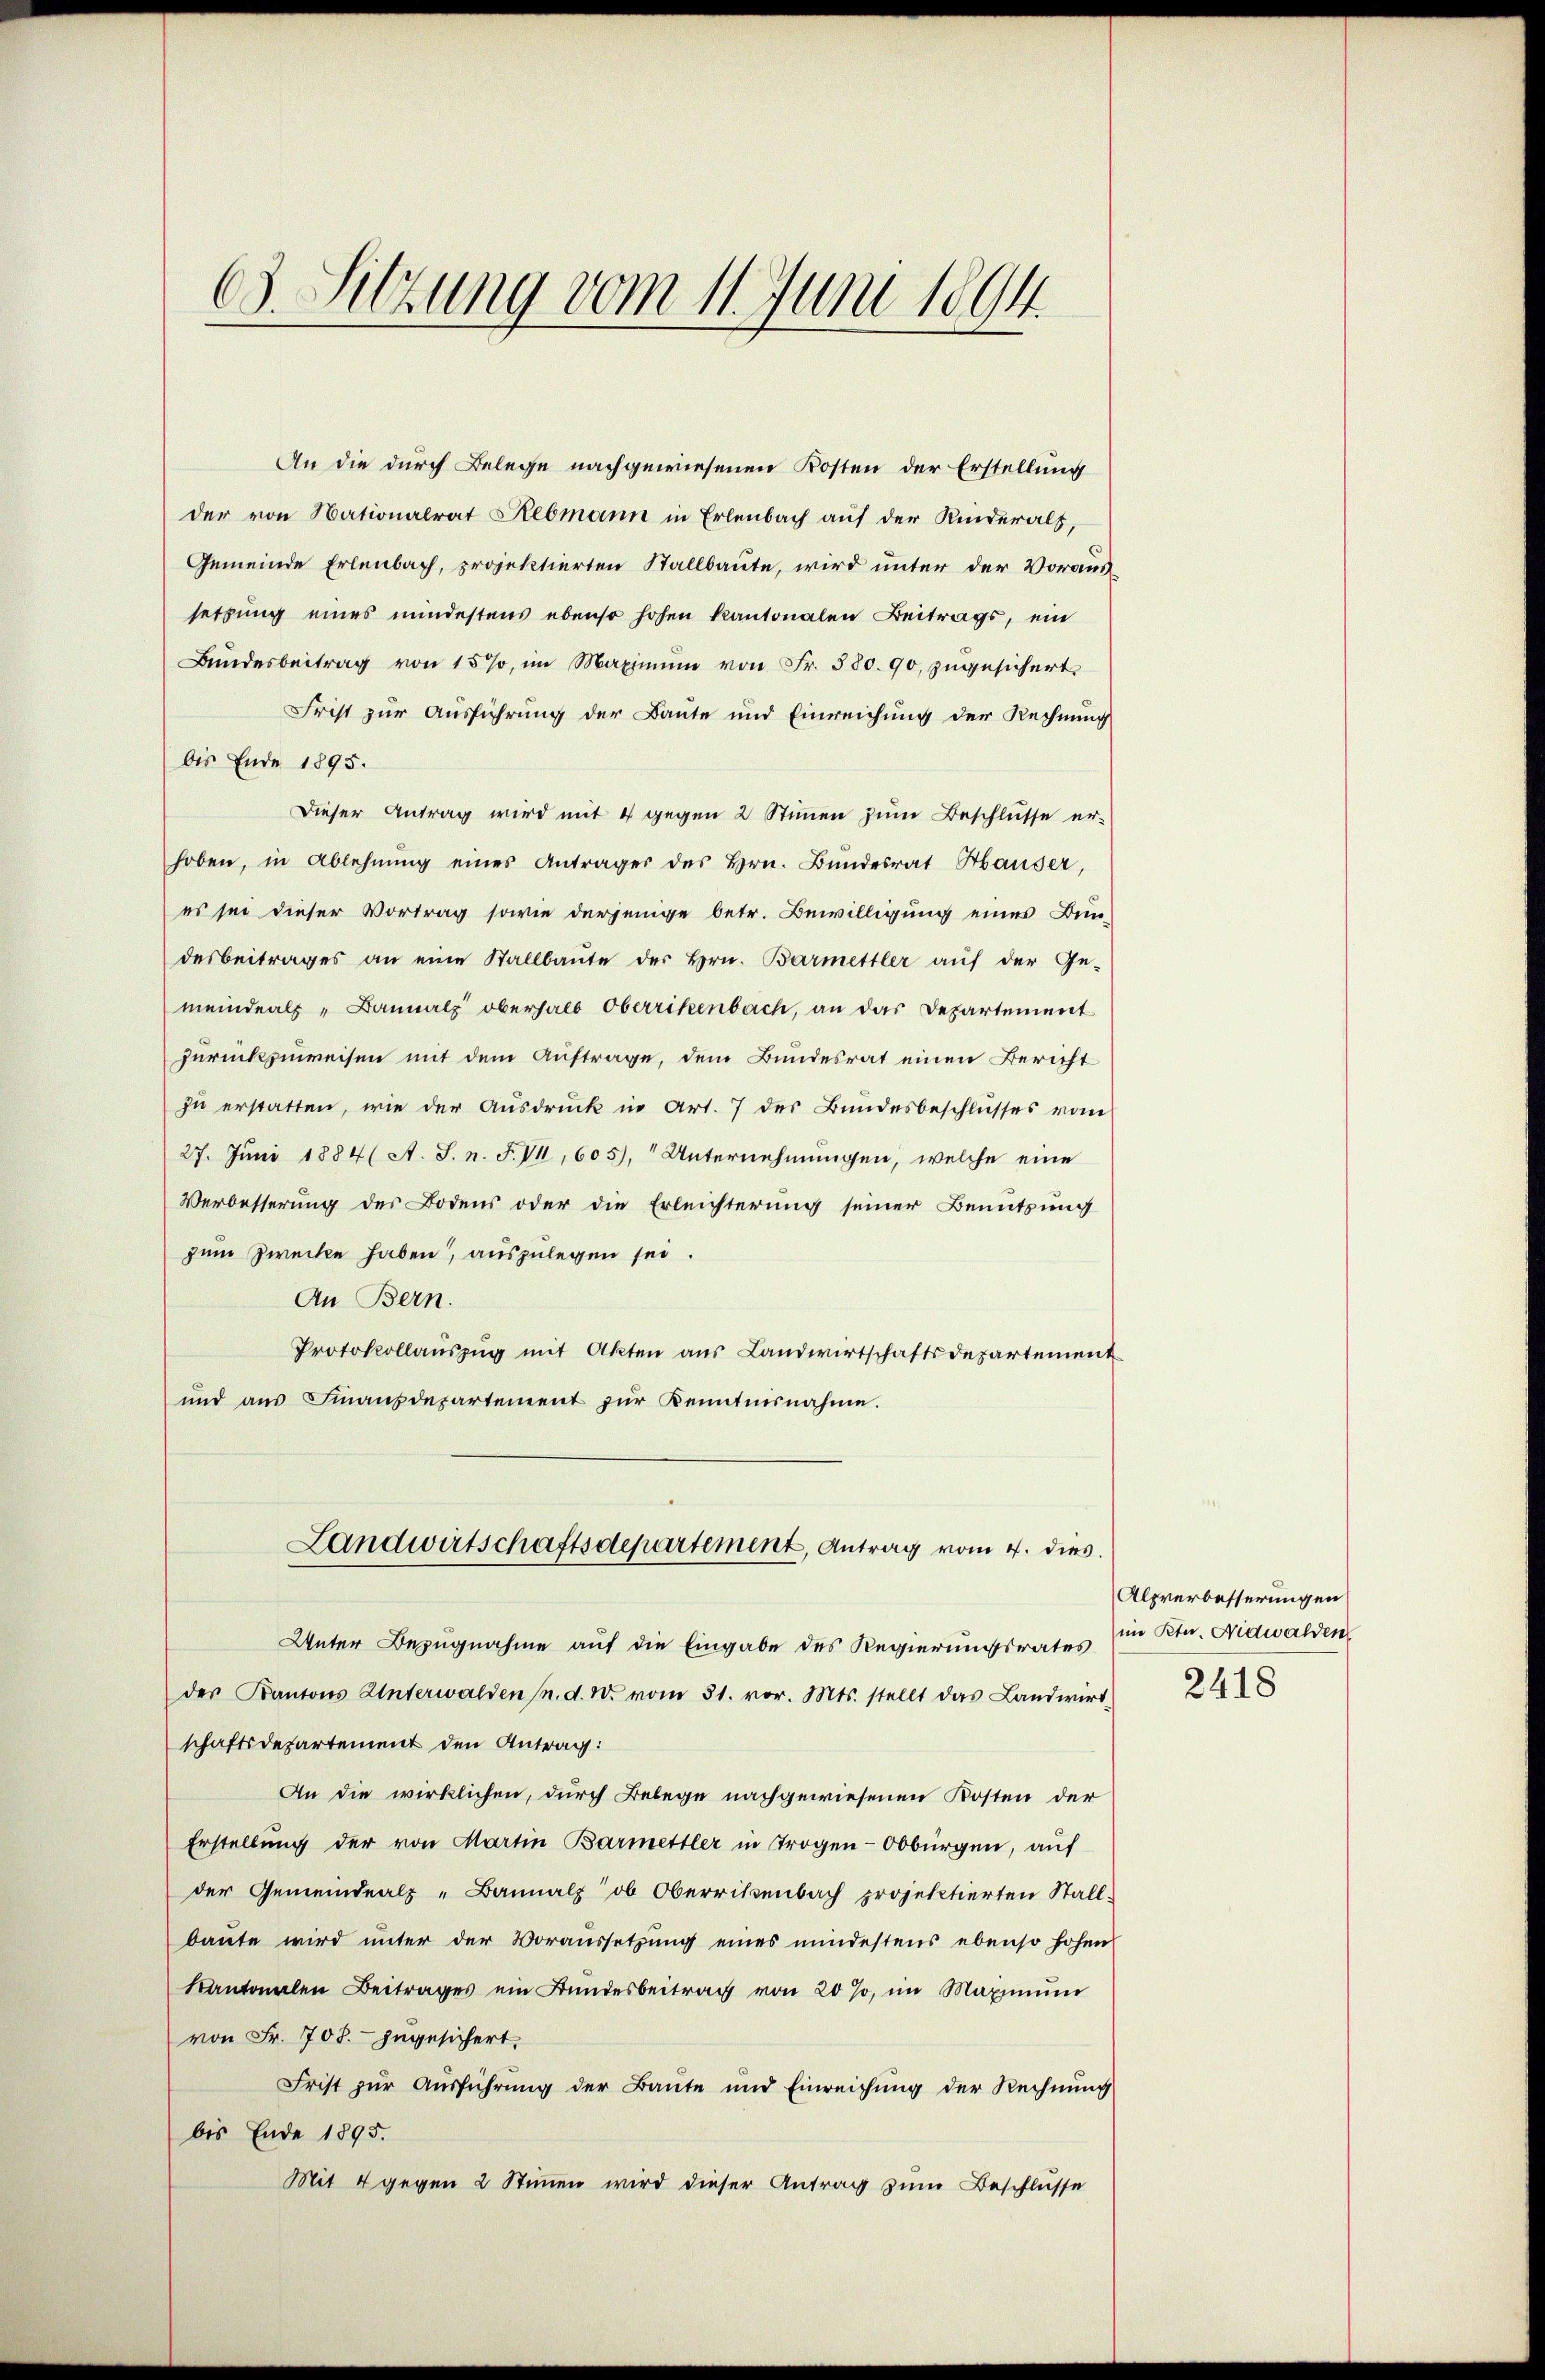
63. Sitzung vom 11. Juni 1894

Bundesbeitrag von 157, im Maximum von Fr. 580. 90, zugesichert,
Frist zur Ausführung der Baute und Einreichung der Rechnung
bis Ende 1895.
Dieser Antrag wird mit 4 gegen 2 Stimmen zum Beschlüsse er-
hoben, in Ablehnŭng eines Anträger des Hrn. Bundesrat Hauser,
es sei dieser Vortrag sowie derjenige betr. Bewilligung eines Bun-
desbeitrages an eine Stallbaŭte der Hrn. Barmettler auf der Ge-
meindeals „Bannatz oberhalb Oberrikenbach, an das Departement
zurückzuweisen mit dem Auftrage, dem Bundesrat einen Bericht
zu erstatten, wie der Ausdruck in Art. 7 des Bundesbeschlusses vom
27. Juni 1884 (A. S. n. F. VII, 605), Unternehmungen, welche eine
Verbesserung des Bodens oder die Erleichterung seiner Benutzung
zum Zwecke haben, auszulegen sei.
An Bern.
Protokollaŭszŭg mit Akten aus Landwirtschaftsdepartement
und aus Finanzdepartement zur Kenntnisnahme.

Unter Bezugnahme auf die Eingabe des Regierungsrates (in Ktn. Nidwalden
des Kantons Unterwalden (n. d. M. vom 31. vor. Mts. stellt das Landwirt-
schaftsdepartement den Antrag:
An die wirklichen, durch Belege nachgewiesenen Kosten der
Erstellung der von Martin Barmettler in Trogen-Obbürgen, auf
der Gemeindealp -Bannalz ob Oberrittenbach projektierten Stall-
baute wird unter der Voraussetzung eines mindestens ebenso hohen
Kantonalen Beitrages ein Bundesbeitrag von 20 %, im Maximŭm
von Fr. 708. zugesichert.
Frist zur Ausführung der Baute und Einreichung der Rechnung
bis Ende 1895.
Mit 4 gegen 2 Stimmen wird dieser Antrag zum Beschlüsse

An die durch Belege nachgewiesenen Kosten der Erstellung
der von Nationalrat Rebmann in Erlenbach auf der Kinderalt,
Gemeinde Erlenbach, projektierten Stallbaute, wird unter der Voraussetzung eines mindestens ebenso hohen kantonalen Beitrags, ein

Landwirtschaftsdepartement, Antrag vom 4. dies

Alpverbesserungen
2418